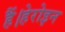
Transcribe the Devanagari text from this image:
हैं।हेरोइन